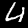
Digit: 4